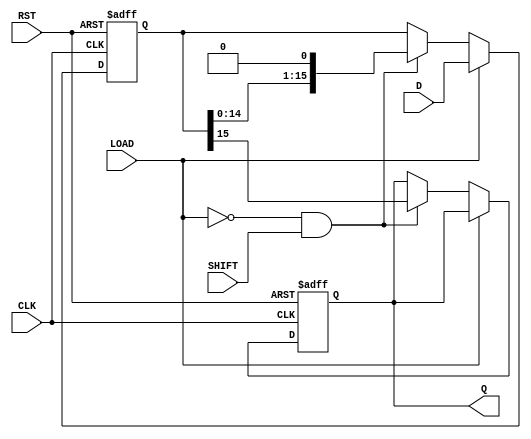
module PISO_Register (
    input wire [15:0] D,      // 16-bit parallel data input
    input wire LOAD,          // Load control signal
    input wire SHIFT,         // Shift control signal
    input wire CLK,           // Clock signal
    input wire RST,           // Asynchronous reset signal
    output reg Q              // Serial output
);

    reg [15:0] shift_reg;     // Internal shift register

    // Asynchronous reset and operation
    always @(posedge CLK or posedge RST) begin
        if (RST) begin
            shift_reg <= 16'b0; // Clear register on reset
            Q <= 1'b0;          // Initialize output to 0
        end else if (LOAD) begin
            shift_reg <= D;     // Load data when LOAD is high
        end else if (!LOAD && SHIFT) begin
            // Shift operation when LOAD is low and SHIFT is high
            Q <= shift_reg[15]; // Output the MSB
            shift_reg <= {shift_reg[14:0], 1'b0}; // Shift left
        end
    end

endmodule